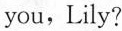
you，Lily?